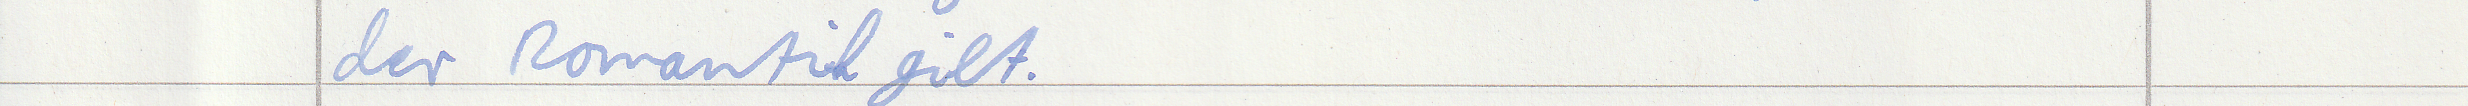
der Romatik gilt.